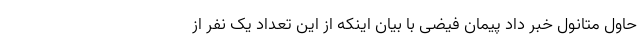
حاول متانول خبر داد پیمان فیضی با بیان اینکه از این تعداد یک نفر از